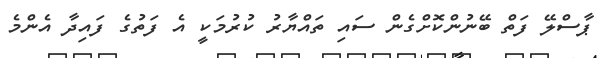
ޕާސްލޭ ފަތް ބޭނުންކޮށްގެން ސައި ތައްޔާރު ކުރުމަކީ އެ ފަތުގެ ފައިދާ އެންމެ